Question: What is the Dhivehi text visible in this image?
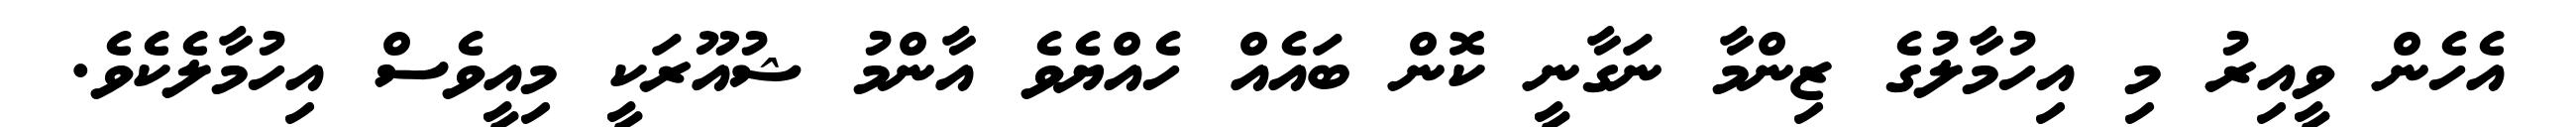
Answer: އެހެން ވީއިރު މި އިހުމާލުގެ ޒިންމާ ނަގާނީ ކޮން ބައެއް ހެއްޔެވެ އާންމު ޝުއޫރަކީ މިއީވެސް އިހުމާލެކެވެ.